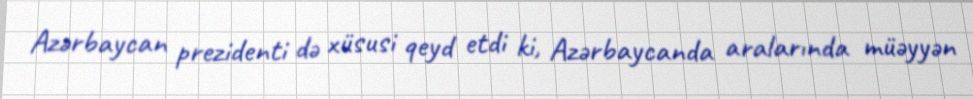
Azərbaycan prezidenti də xüsusi qeyd etdi ki, Azərbaycanda aralarında müəyyən